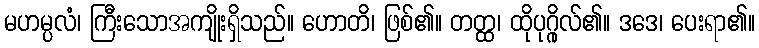
မဟမ္ပလံ၊ ကြီးသောအကျိုးရှိသည်။ ဟောတိ၊ ဖြစ်၏။ တတ္ထ၊ ထိုပုဂ္ဂိုလ်၏။ ဒဒေ၊ ပေးရာ၏။